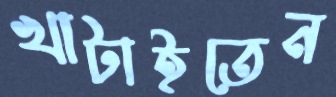
খাটাইতেন